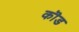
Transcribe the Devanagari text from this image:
कॊड